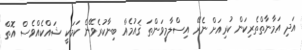
އަދި އަމާނާތްތެރިކަން ކުރިއަށް ނެރޭ އިސްލާމީވަންތަ ޤައުމެއް ބިނާކުރެވޭނެ ކަމަކީ ޝައްކެއްވެސް އޮތް